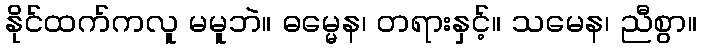
နိုင်ထက်ကလူ မမူဘဲ။ ဓမ္မေန၊ တရားနှင့်။ သမေန၊ ညီစွာ။